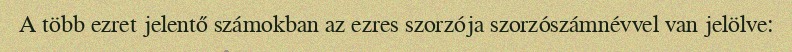
A több ezret jelentő számokban az ezres szorzója szorzószámnévvel van jelölve: